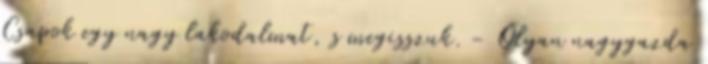
Csapok egy nagy lakodalmat, s megisszuk. - Olyan nagygazda